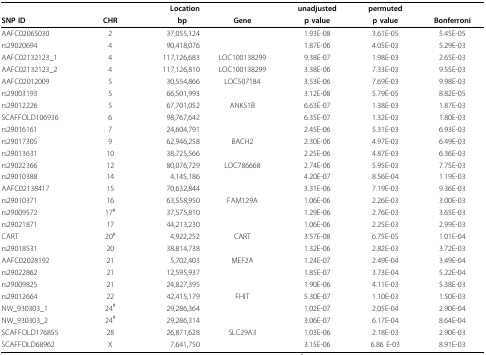
<table><thead><tr><td></td><td></td><td><b>Location</b></td><td></td><td><b>unadjusted</b></td><td><b>permuted</b></td><td></td></tr><tr><td><b>SNP ID</b></td><td><b>CHR</b></td><td><b>bp</b></td><td><b>Gene</b></td><td><b>p value</b></td><td><b>p value</b></td><td><b>Bonferroni</b></td></tr></thead><tbody><tr><td>AAFC02065030</td><td>2</td><td>37,055,124</td><td></td><td>1.93E-08</td><td>3.61E-05</td><td>5.45E-05</td></tr><tr><td>rs29020694</td><td>4</td><td>90,418,076</td><td></td><td>1.87E-06</td><td>4.05E-03</td><td>5.29E-03</td></tr><tr><td>AAFC02132123_1</td><td>4</td><td>117,126,683</td><td>LOC100138299</td><td>9.38E-07</td><td>1.98E-03</td><td>2.65E-03</td></tr><tr><td>AAFC02132123_2</td><td>4</td><td>117,126,810</td><td>LOC100138299</td><td>3.38E-06</td><td>7.33E-03</td><td>9.55E-03</td></tr><tr><td>AAFC02012009</td><td>5</td><td>30,554,866</td><td>LOC507184</td><td>3.53E-06</td><td>7.69E-03</td><td>9.98E-03</td></tr><tr><td>rs29003193</td><td>5</td><td>66,501,993</td><td></td><td>3.12E-08</td><td>5.79E-05</td><td>8.82E-05</td></tr><tr><td>rs29012226</td><td>5</td><td>67,701,052</td><td>ANKS1B</td><td>6.63E-07</td><td>1.38E-03</td><td>1.87E-03</td></tr><tr><td>SCAFFOLD106936</td><td>6</td><td>98,767,642</td><td></td><td>6.35E-07</td><td>1.32E-03</td><td>1.80E-03</td></tr><tr><td>rs29016161</td><td>7</td><td>24,604,791</td><td></td><td>2.45E-06</td><td>5.31E-03</td><td>6.93E-03</td></tr><tr><td>rs29017305</td><td>9</td><td>62,946,258</td><td>BACH2</td><td>2.30E-06</td><td>4.97E-03</td><td>6.49E-03</td></tr><tr><td>rs29013631</td><td>10</td><td>38,725,566</td><td></td><td>2.25E-06</td><td>4.87E-03</td><td>6.36E-03</td></tr><tr><td>rs29022366</td><td>12</td><td>80,076,729</td><td>LOC786668</td><td>2.74E-06</td><td>5.95E-03</td><td>7.75E-03</td></tr><tr><td>rs29010388</td><td>14</td><td>4,145,186</td><td></td><td>4.20E-07</td><td>8.56E-04</td><td>1.19E-03</td></tr><tr><td>AAFC02138417</td><td>15</td><td>70,632,844</td><td></td><td>3.31E-06</td><td>7.19E-03</td><td>9.36E-03</td></tr><tr><td>rs29010371</td><td>16</td><td>63,558,950</td><td>FAM129A</td><td>1.06E-06</td><td>2.26E-03</td><td>3.00E-03</td></tr><tr><td>rs29009572</td><td>17<sup>#</sup></td><td>37,575,810</td><td></td><td>1.29E-06</td><td>2.76E-03</td><td>3.65E-03</td></tr><tr><td>rs29021871</td><td>17</td><td>44,213,230</td><td></td><td>1.06E-06</td><td>2.25E-03</td><td>2.99E-03</td></tr><tr><td>CART</td><td>20<sup>#</sup></td><td>4,922,252</td><td>CART</td><td>3.57E-08</td><td>6.75E-05</td><td>1.01E-04</td></tr><tr><td>rs29018531</td><td>20</td><td>38,814,738</td><td></td><td>1.32E-06</td><td>2.82E-03</td><td>3.72E-03</td></tr><tr><td>AAFC02028192</td><td>21</td><td>5,702,403</td><td>MEF2A</td><td>1.24E-07</td><td>2.49E-04</td><td>3.49E-04</td></tr><tr><td>rs29022862</td><td>21</td><td>12,595,937</td><td></td><td>1.85E-07</td><td>3.73E-04</td><td>5.22E-04</td></tr><tr><td>rs29009825</td><td>21</td><td>24,827,395</td><td></td><td>1.90E-06</td><td>4.11E-03</td><td>5.38E-03</td></tr><tr><td>rs29012664</td><td>22</td><td>42,415,179</td><td>FHIT</td><td>5.30E-07</td><td>1.10E-03</td><td>1.50E-03</td></tr><tr><td>NW_930303_1</td><td>24<sup>#</sup></td><td>29,286,364</td><td></td><td>1.02E-07</td><td>2.05E-04</td><td>2.90E-04</td></tr><tr><td>NW_930303_2</td><td>24<sup>#</sup></td><td>29,286,314</td><td></td><td>3.06E-07</td><td>6.17E-04</td><td>8.64E-04</td></tr><tr><td>SCAFFOLD176855</td><td>28</td><td>26,871,628</td><td>SLC29A3</td><td>1.03E-06</td><td>2.18E-03</td><td>2.90E-03</td></tr><tr><td>SCAFFOLD68962</td><td>X</td><td>7,641,750</td><td></td><td>3.15E-06</td><td>6.86 E-03</td><td>8.91E-03</td></tr></tbody></table>